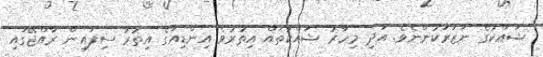
ޝައްކުގެ ނަޒަރަކުންނެވެ. އަދި މިހާރު ޝައްކުތައް އިތުރުވެ އިންޑިއާގެ އިތުރު ސިފައިން ރާއްޖޭގައި